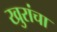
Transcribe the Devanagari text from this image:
खुरांचा